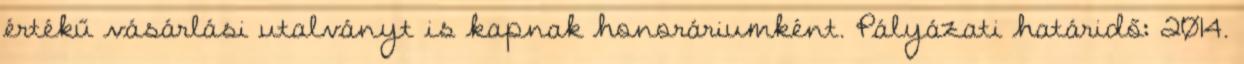
értékű vásárlási utalványt is kapnak honoráriumként. Pályázati határidő: 2014.